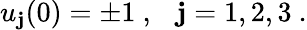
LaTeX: u_{\mathbf{j}}(0)=\pm1\ ,\ \ \ \mathbf{j}=1,2,3\ .